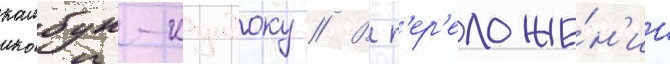
камбун-кундоку // В п'ер'еложе́н'ии